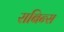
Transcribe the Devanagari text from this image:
राबिन्स